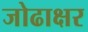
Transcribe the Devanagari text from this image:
जोढाक्षर